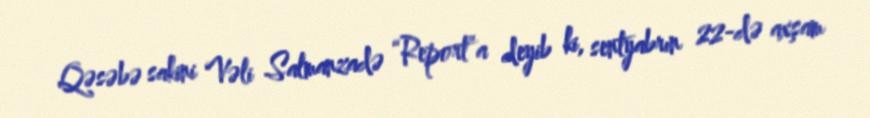
Qəsəbə sakini Vəli Salmanzadə “Report”a deyib ki, sentyabrın 22-də axşam